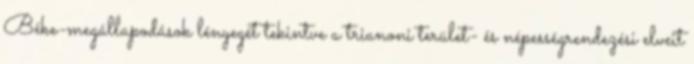
Béke-megállapodások lényegét tekintve a trianoni terület- és népességrendezési elveit